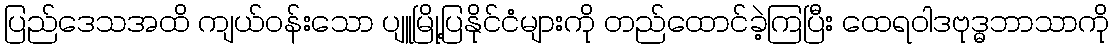
ပြည်ဒေသအထိ ကျယ်ဝန်းသော ပျူမြို့ပြနိုင်ငံများကို တည်ထောင်ခဲ့ကြပြီး ထေရဝါဒဗုဒ္ဓဘာသာကို